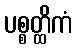
ပစ္စတ္ထိကံ